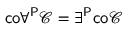
{ \mathsf { c o } } \forall ^ { \mathsf { P } } { \mathcal { C } } = \exists ^ { \mathsf { P } } { \mathsf { c o } } { \mathcal { C } }